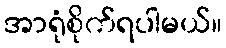
အာရုံစိုက်ရပါမယ်။